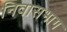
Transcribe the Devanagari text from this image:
निवासभाग